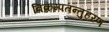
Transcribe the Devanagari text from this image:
विकम्पतन्तुहरण